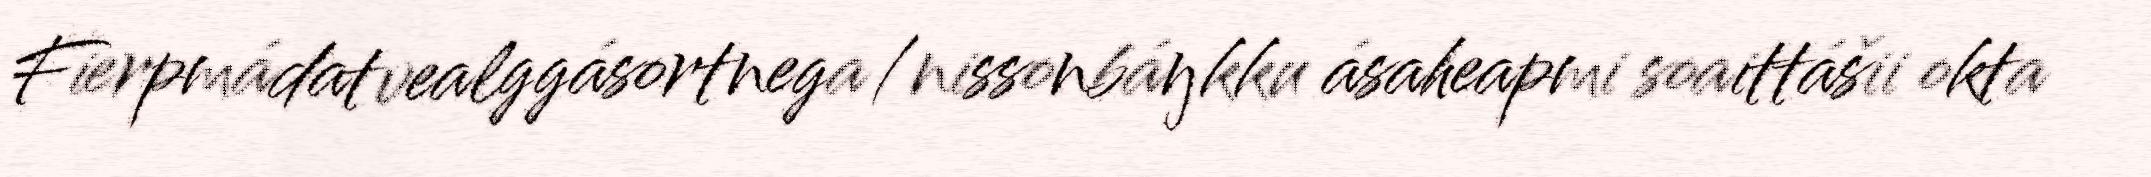
Fierpmádatvealggásortnega/nissonbáŋkku ásaheapmi soaittášii okta